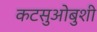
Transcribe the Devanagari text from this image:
कटसुओबुशी